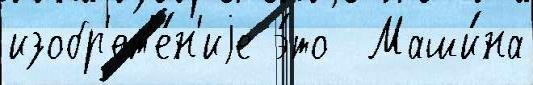
изобр'ет'е́н'иjе э́то  Маши́на